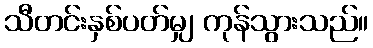
သီတင်းနှစ်ပတ်မျှ ကုန်သွားသည်။